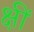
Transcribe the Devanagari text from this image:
क्षीं